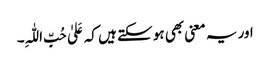
اور یہ معنی بھی ہو سکتے ہیں کہ عَلیٰ حُبِّ اللّٰہِ۔